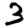
Digit: 3